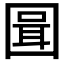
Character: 𭍪